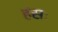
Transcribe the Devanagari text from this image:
हंसः